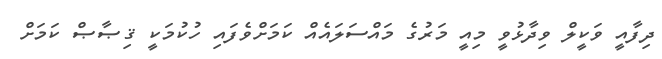
ދިފާއީ ވަކީލް ވިދާޅުވީ މިއީ މަރުގެ މައްސަލައެއް ކަމަށްވެފައި ހުކުމަކީ ޤިޞާޞް ކަމަށް